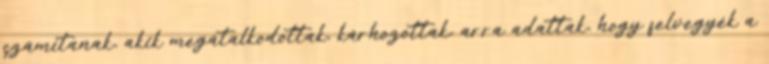
számítanak, akik megátalkodottak, kárhozottak, arra adattak, hogy felvegyék a